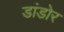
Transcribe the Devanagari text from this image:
डांडोर